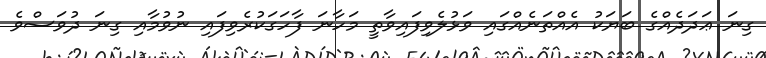
ގިނަ ޢަދަދެއްގެ ބަޔަކު އެއްތަނެއްގައި ވަޅުލެވިފައިވާތީ މަހާނަ ފާހަގަކުރެވިފައި ނުވުމާއި ގިނަ ދުވަސްވެ